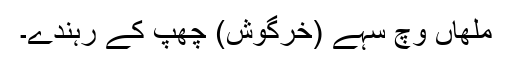
ملھاں وچ سہے (خرگوش) چھپ کے رہندے۔